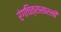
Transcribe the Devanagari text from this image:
रंगचित्रासारखी